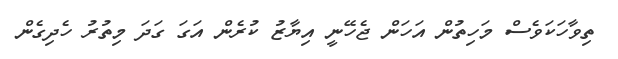
ތިވާހަކަވެސް މަހިތުން އަހަން ޖެހޭނީ އިޔާޒު ކުރެން އަގަ ގަދަ މިތުރު ހެދިގެން